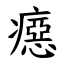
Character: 癋